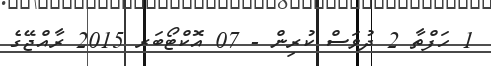
1 ހަފްތާ 2 ދުވަސް ކުރިން - 07 އޮކްޓޯބަރ 2015 ރާއްޖޭގެ